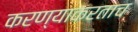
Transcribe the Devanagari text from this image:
करण्याकरताच